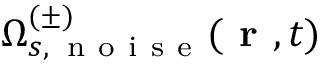
\Omega _ { s , \, \mathrm { ~ n ~ o ~ i ~ s ~ e ~ } } ^ { ( \pm ) } ( \textbf { r } , t )